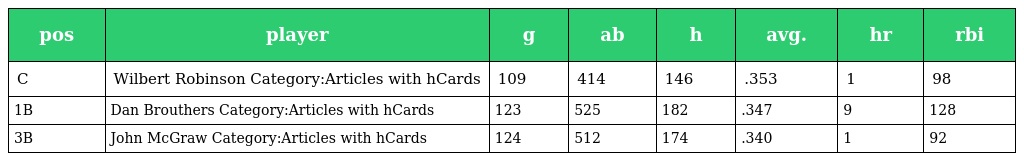
| pos | player | g | ab | h | avg. | hr | rbi |
 | --- | --- | --- | --- | --- | --- | --- | --- |
 | C | Wilbert Robinson Category:Articles with hCards | 109 | 414 | 146 | .353 | 1 | 98 |
 | 1B | Dan Brouthers Category:Articles with hCards | 123 | 525 | 182 | .347 | 9 | 128 |
 | 3B | John McGraw Category:Articles with hCards | 124 | 512 | 174 | .340 | 1 | 92 |